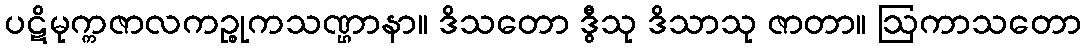
ပဋိမုက္ကဇာလကဉ္စုကသဏ္ဌာနာ။ ဒိသတော ဒွီသု ဒိသာသု ဇာတာ။ ဩကာသတော